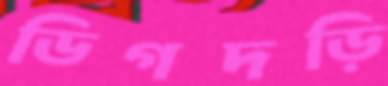
ডিগদড়ি